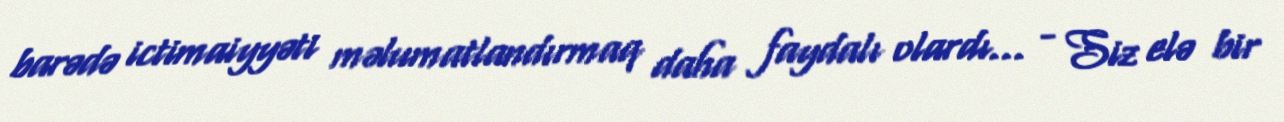
barədə ictimaiyyəti məlumatlandırmaq daha faydalı olardı... - Siz elə bir